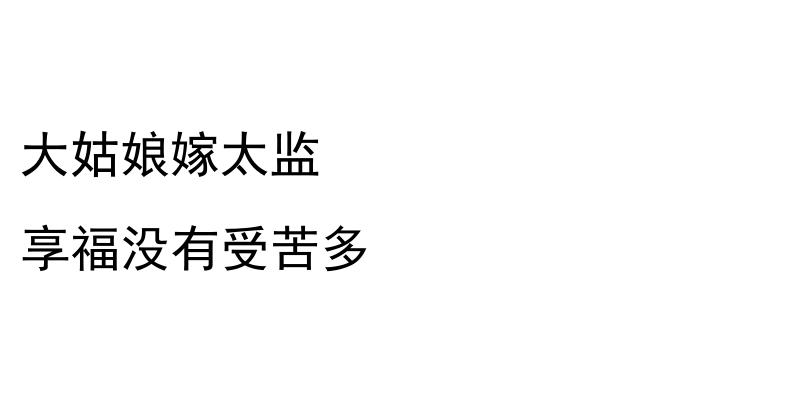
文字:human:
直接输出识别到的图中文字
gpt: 大姑娘嫁太监 享福没有受苦多